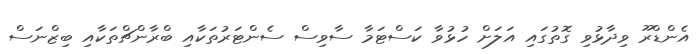
އެންޑްރޫ ވިދާޅުވި ގޮތުގައި އަލަށް ހުޅުވާ ކަސްޓަމާ ސާވިސް ސެންޓަރުތަކާއި ބްރާންޗްތަކާއި ބިޒްނަސް